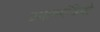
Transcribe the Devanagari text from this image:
प्रधानमंत्रियो